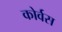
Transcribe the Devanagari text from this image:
कोर्वस